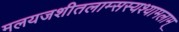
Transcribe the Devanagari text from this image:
मलयजशीतलाम्सस्यश्यामलाम्